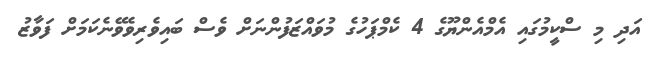
އަދި މި ސްކީމުގައި އެމްއެންޔޫގެ 4 ކެމްޕަހުގެ މުވައްޒަފުންނަށް ވެސް ބައިވެރިވެވޭނެކަމަށް ފަވާޒު